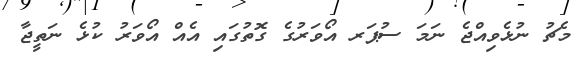
މެޗު ނުޅެވިއްޖެ ނަމަ ސުޕަރ އޯވަރުގެ ގޮތުގައި އެއް އޯވަރު ކުޅެ ނަތީޖާ